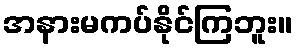
အနားမကပ်နိုင်ကြဘူး။